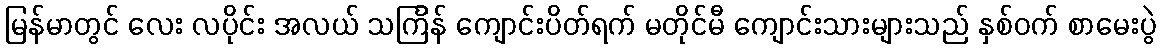
မြန်မာတွင် လေး လပိုင်း အလယ် သင်္ကြန် ကျောင်းပိတ်ရက် မတိုင်မီ ကျောင်းသားများသည် နှစ်ဝက် စာမေးပွဲ